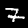
Digit: 7